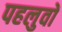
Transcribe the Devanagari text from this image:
पहलुवों